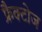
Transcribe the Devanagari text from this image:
फ्रैक्टोज